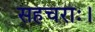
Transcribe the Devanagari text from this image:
सहचराः।